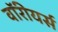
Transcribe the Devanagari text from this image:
वॉरीयर्स